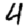
Digit: 4